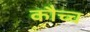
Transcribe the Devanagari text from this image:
कौच्च